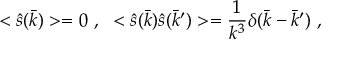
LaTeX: < \hat { s } ( \bar { k } ) > = 0 ~ , ~ < \hat { s } ( \bar { k } ) \hat { s } ( \bar { k } ^ { \prime } ) > = \frac { 1 } { k ^ { 3 } } \delta ( \bar { k } - \bar { k } ^ { \prime } ) ~ ,